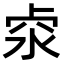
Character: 𠧶